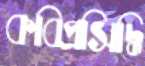
কবিপ্রসিদ্ধি